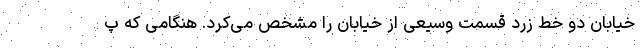
خیابان دو خط زرد قسمت وسیعی از خیابان را مشخص می‌کرد. هنگامی که پ